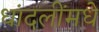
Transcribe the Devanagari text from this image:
धांदलींमधे